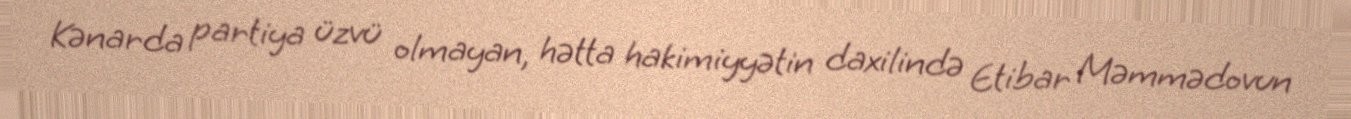
Kənarda partiya üzvü olmayan, hətta hakimiyyətin daxilində Etibar Məmmədovun